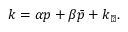
k = \alpha p + \beta \bar { p } + k _ { \perp } .